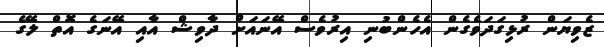
ޒެވިޔަން ރުޅިގަދަވެގެން އެހެންބުނި އިރުވެސް އޭނައަށް ދާވިޝް އާއި އޭނަގެ އޮތް ލޭގެ